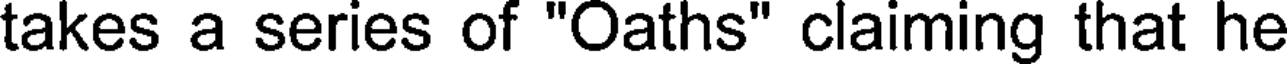
takes a series of "Oaths" claiming that he